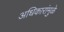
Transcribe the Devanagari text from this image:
अधिकारांमुळे